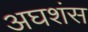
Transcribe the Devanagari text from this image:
अघशंस